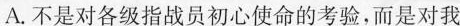
A.不是对各级指战员初心使命的考验，而是对我